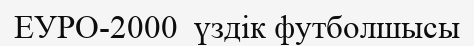
ЕУРО-2000  үздік футболшысы